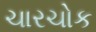
ચારચોક